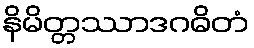
နိမိတ္တဿာဒဂဓိတံ